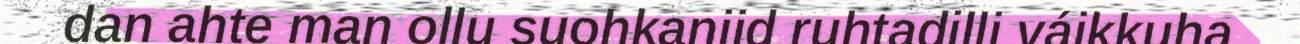
dan ahte man ollu suohkaniid ruhtadilli váikkuha